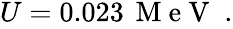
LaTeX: \begin{array}{r}{U=0.023\, \mathrm{~M~e~V~}\; .}\end{array}